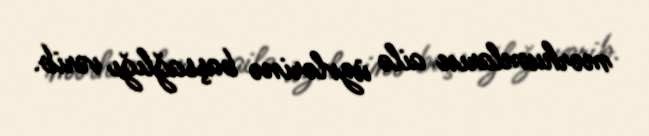
mərhumların ailə üzvlərinə başsağlığı verib.